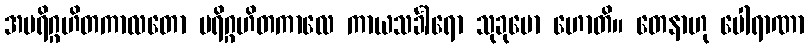
အပရိဂ္ဂဟိတကာလတော ပရိဂ္ဂဟိတကာလေ ကာယသင်္ခါရော သုခုမော ဟောတိ။ တေနာဟု ပေါရာဏာ